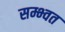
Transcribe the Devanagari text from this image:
सम्भ्वत